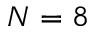
N = 8